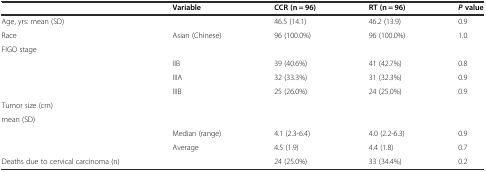
<table><thead><tr><td></td><td><b>Variable</b></td><td><b>CCR (n = 96)</b></td><td><b>RT (n = 96)</b></td><td><b><i>P</i>value</b></td></tr></thead><tbody><tr><td>Age, yrs: mean (SD)</td><td></td><td>46.5 (14.1)</td><td>46.2 (13.9)</td><td>0.9</td></tr><tr><td>Race</td><td>Asian (Chinese)</td><td>96 (100.0%)</td><td>96 (100.0%)</td><td>1.0</td></tr><tr><td>FIGO stage</td><td></td><td></td><td></td><td></td></tr><tr><td></td><td>IIB</td><td>39 (40.6%)</td><td>41 (42.7%)</td><td>0.8</td></tr><tr><td></td><td>IIIA</td><td>32 (33.3%)</td><td>31 (32.3%)</td><td>0.9</td></tr><tr><td></td><td>IIIB</td><td>25 (26.0%)</td><td>24 (25.0%)</td><td>0.9</td></tr><tr><td>Tumor size (cm)</td><td rowspan="2"></td><td rowspan="2"></td><td rowspan="2"></td><td rowspan="2"></td></tr><tr><td>mean (SD)</td></tr><tr><td></td><td>Median (range)</td><td>4.1 (2.3-6.4)</td><td>4.0 (2.2-6.3)</td><td>0.9</td></tr><tr><td></td><td>Average</td><td>4.5 (1.9)</td><td>4.4 (1.8)</td><td>0.7</td></tr><tr><td>Deaths due to cervical carcinoma (n)</td><td></td><td>24 (25.0%)</td><td>33 (34.4%)</td><td>0.2</td></tr></tbody></table>